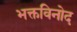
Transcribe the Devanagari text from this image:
भक्तविनोद